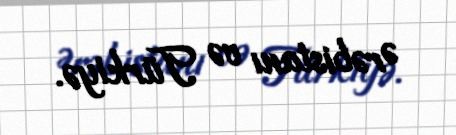
Ərəbistanı və Türkiyə.